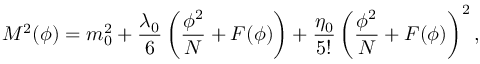
M ^ { 2 } ( \phi ) = m _ { 0 } ^ { 2 } + \frac { \lambda _ { 0 } } { 6 } \left( \frac { \phi ^ { 2 } } { N } + F ( \phi ) \right) + \frac { \eta _ { 0 } } { 5 ! } \left( \frac { \phi ^ { 2 } } { N } + F ( \phi ) \right) ^ { 2 } ,